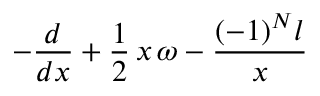
- \frac { d } { d x } + \frac { 1 } { 2 } \, x \, \omega - \frac { ( - 1 ) ^ { N } l } { x }